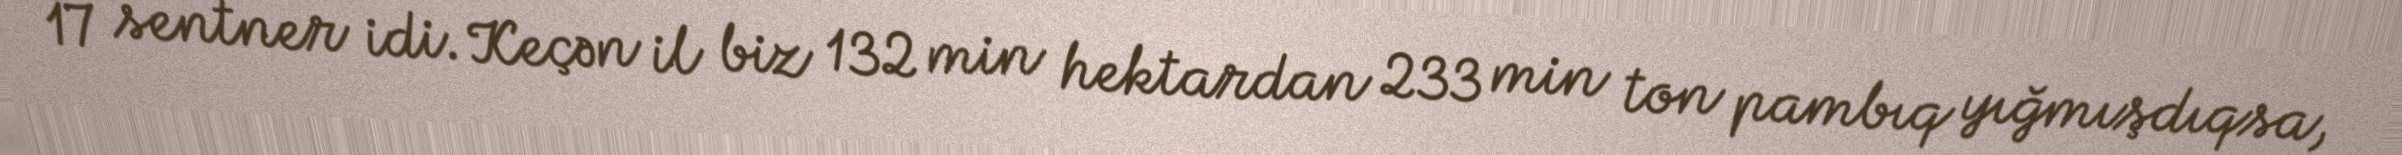
17 sentner idi. Keçən il biz 132 min hektardan 233 min ton pambıq yığmışdıqsa,